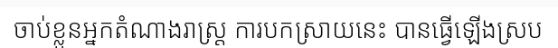
ចាប់ខ្លួនអ្នកតំណាងរាស្ត្រ ការបកស្រាយនេះ បានធ្វើឡើងស្រប